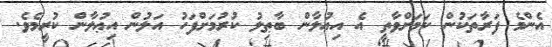
އެންމެ ފަރާތަކުން ކަމަށްވާތީ އެ އިޢުލާން ބާޠިލު ކުރުމަށްފަހު އަލުން އިޢުލާން ކުރީމެވެ.